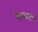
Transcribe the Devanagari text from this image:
रहस्‍ययुक्त